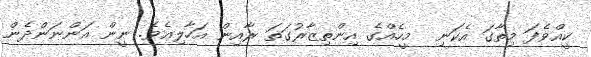
ކީއްވެފަ މިތާގަ އެކަނި  މީހެއްގެ އިންތިޒާރުގަތަ ރާއިން އަހާލިއެވެ. ނީން އަންނަންދެން